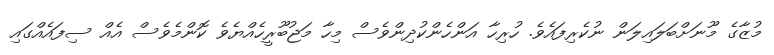
މުޒާގެ މޫނަށްބަލައިލަން ނުކެރިފައެވެ. ހުރިހާ އަންހެންކުދިންވެސް މިހާ މަޖުބޫރީހެއްޔެވެ ކޮންމެވެސް އެއް ސިފައެއްގައި